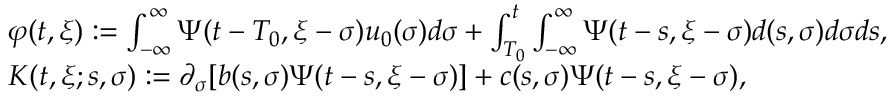
\begin{array} { r l } & { \varphi ( t , \xi ) : = \int _ { - \infty } ^ { \infty } \Psi ( t - T _ { 0 } , \xi - \sigma ) u _ { 0 } ( \sigma ) d \sigma + \int _ { T _ { 0 } } ^ { t } \int _ { - \infty } ^ { \infty } \Psi ( t - s , \xi - \sigma ) d ( s , \sigma ) d \sigma d s , } \\ & { K ( t , \xi ; s , \sigma ) : = \partial _ { \sigma } [ b ( s , \sigma ) \Psi ( t - s , \xi - \sigma ) ] + c ( s , \sigma ) \Psi ( t - s , \xi - \sigma ) , } \end{array}